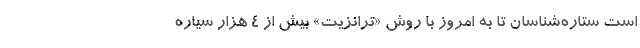
است ستاره‌شناسان تا به امروز با روش «ترانزیت» بیش از ۴ هزار سیارهٔ